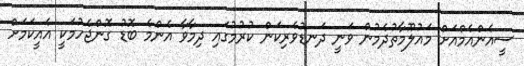
ސީއެންއެމްއަށް މައުލޫމާތުދެމުން ވަނީ ދަނޑުވެރިކަން ކުރުމުގައި ދިމާވާ އެންމެ ބޮޑު ގޮންޖެހުމަކީ އެއީކަމަށް